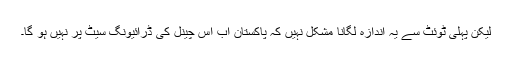
لیکن پہلی ٹوئٹ سے یہ اندازہ لگانا مشکل نہیں کہ پاکستان اب اس چینل کی ڈرائیونگ سیٹ پر نہیں ہو گا۔